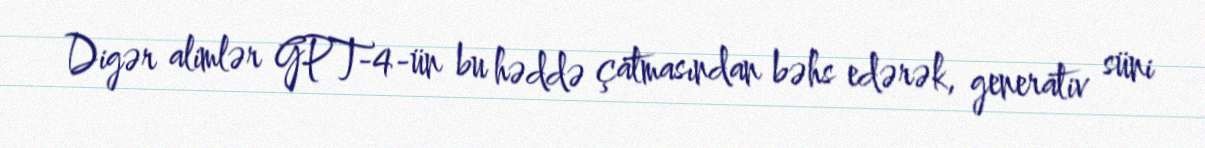
Digər alimlər GPT-4-ün bu həddə çatmasından bəhs edərək, generativ süni